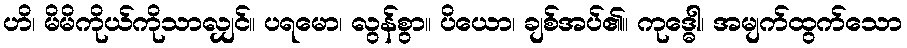
ဟိ၊ မိမိကိုယ်ကိုသာလျှင်။ ပရမော၊ လွန်စွာ။ ပိယော၊ ချစ်အပ်၏။ ကုဒ္ဓေါ၊ အမျက်ထွက်သော